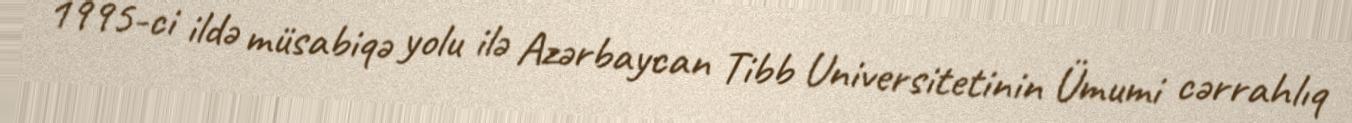
1995-ci ildə müsabiqə yolu ilə Azərbaycan Tibb Universitetinin Ümumi cərrahlıq